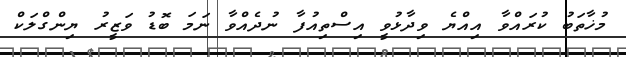
މުޚާތަބު ކުރައްވާ އިއްޔެ ވިދާޅުވީ އިސްތިއުފާ ނުދެއްވާ ނަމަ ބޮޑު ވަޒީރު ޔިންގްލަކް